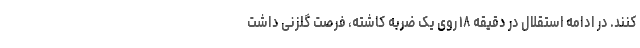
کنند. در ادامه استقلال در دقیقه ۱۸ روی یک ضربه کاشته، فرصت گلزنی داشت